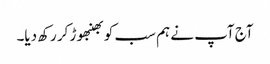
آج آپ نے ہم سب کو بھنبھوڑ کر رکھ دیا۔